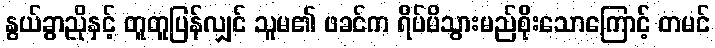
နွယ်ခွာညိုနှင့် တူတူပြန်လျှင် သူမ၏ ဖခင်က ရိပ်မိသွားမည်စိုးသောကြောင့် တမင်